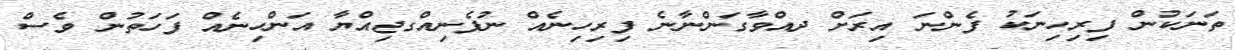
ތަނަކުން ފިރިހިނަކު ފެންނަ އިރަށް ދއްވާގަންނާނެ ފިރިހިނެއް ނުފެނިއްގޖިއްޔާ އަންހިނެއް ފަހަތުން ވެސް